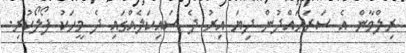
ރިލްވާން އެ ސަރަހައްދުން ދިޔަ އިރު ދެ ސައިކަލެއްގައި ދެ މީހަކު ފޯލޯކުރި.